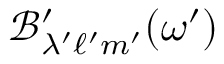
\mathcal { B ^ { \prime } } _ { \lambda ^ { \prime } \ell ^ { \prime } m ^ { \prime } } ( \omega ^ { \prime } )